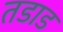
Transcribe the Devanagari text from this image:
तडाड